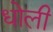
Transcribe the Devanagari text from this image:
धोली